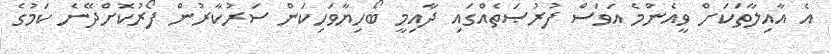
އެ އާއިލާތަކަށް ވީއެންމެ އަވަސް ފުރުޞަތެއްގައި ދާއިމީ ބޯހިޔާވަހިކަން ސަރުކާރުން ފޯރުކޮށްދޭނެ ކަމުގެ